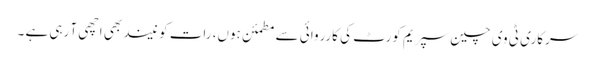
سرکاری ٹی وی چین سپریم کورٹ کی کارروائی سے مطمئن ہوں، رات کو نیند بھی اچھی آ رہی ہے ۔